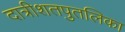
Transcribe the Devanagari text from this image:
दात्रीशतपुतलिका